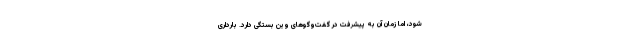
شود، اما زمان آن به پیشرفت در گفت‌وگوهای وین بستگی دارد. بارداری